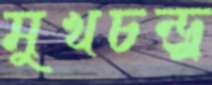
মুখচন্দ্র্র